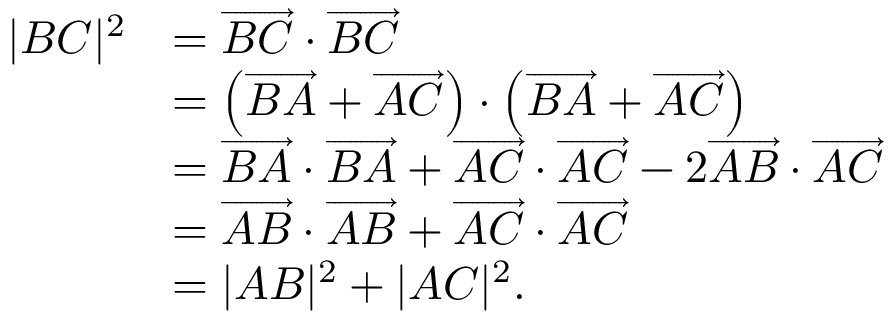
{ \begin{array} { r l } { | B C | ^ { 2 } } & { = { \overrightarrow { B C } } \cdot { \overrightarrow { B C } } } \\ & { = \left( { \overrightarrow { B A } } + { \overrightarrow { A C } } \right) \cdot \left( { \overrightarrow { B A } } + { \overrightarrow { A C } } \right) } \\ & { = { \overrightarrow { B A } } \cdot { \overrightarrow { B A } } + { \overrightarrow { A C } } \cdot { \overrightarrow { A C } } - 2 { \overrightarrow { A B } } \cdot { \overrightarrow { A C } } } \\ & { = { \overrightarrow { A B } } \cdot { \overrightarrow { A B } } + { \overrightarrow { A C } } \cdot { \overrightarrow { A C } } } \\ & { = | A B | ^ { 2 } + | A C | ^ { 2 } . } \end{array} }